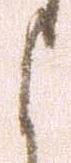
よ